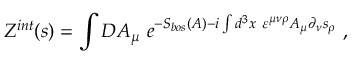
Z ^ { i n t } ( s ) = \int { \cal D } A _ { \mu } ~ e ^ { - S _ { b o s } ( A ) - i \int d ^ { 3 } x ~ \varepsilon ^ { \mu \nu \rho } A _ { \mu } \partial _ { \nu } s _ { \rho } } ~ ,